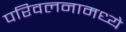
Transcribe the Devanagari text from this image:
परिवलनामध्ये